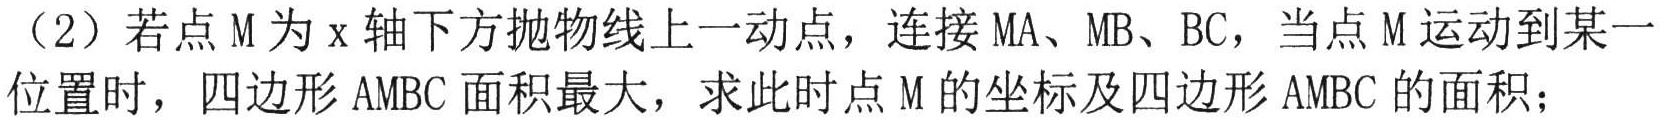
（2）若点\(M\)为\(x\)轴下方抛物线上一动点，连接\(MA\)、\(MB\)、\(BC\)，当点\(M\)运动到某一位置时，四边形\(AMBC\)面积最大，求此时点\(M\)的坐标及四边形\(AMBC\)的面积；